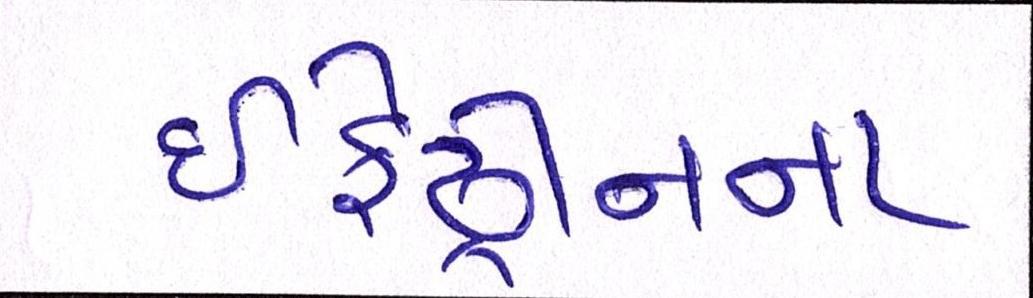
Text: ઇફેડ્રીનના